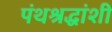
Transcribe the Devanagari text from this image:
पंथश्रद्धांशी